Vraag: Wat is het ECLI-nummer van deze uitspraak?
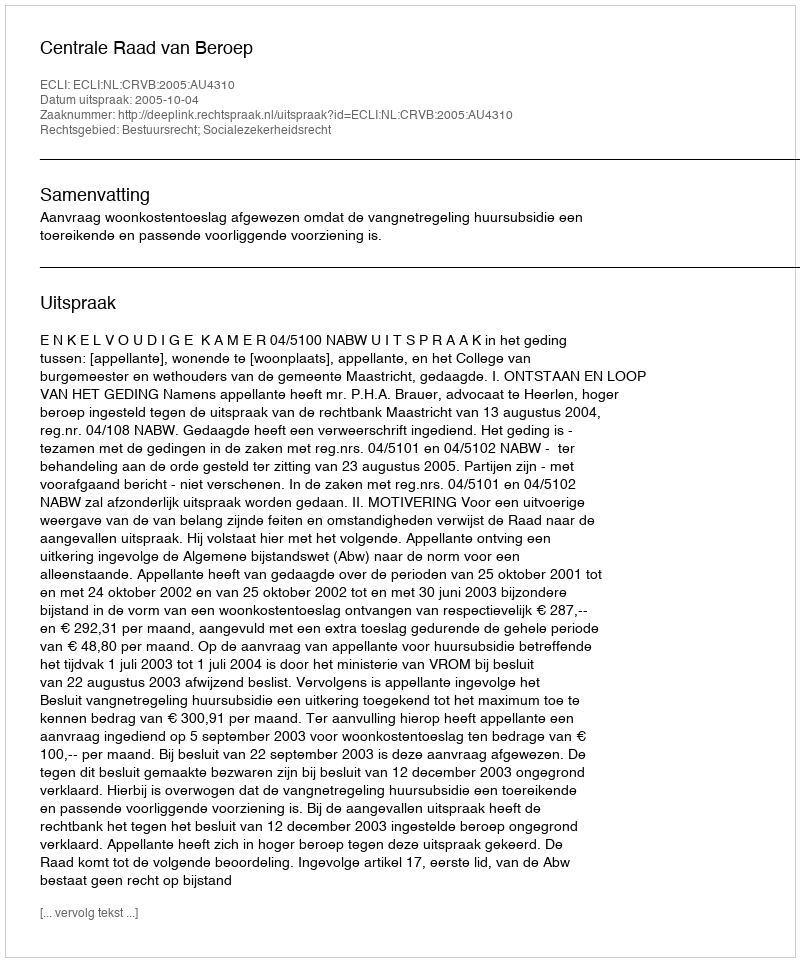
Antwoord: ECLI:NL:CRVB:2005:AU4310